Senior Leaving Certificate Examination (including Day School Certificate (Higher) General paper), 1948
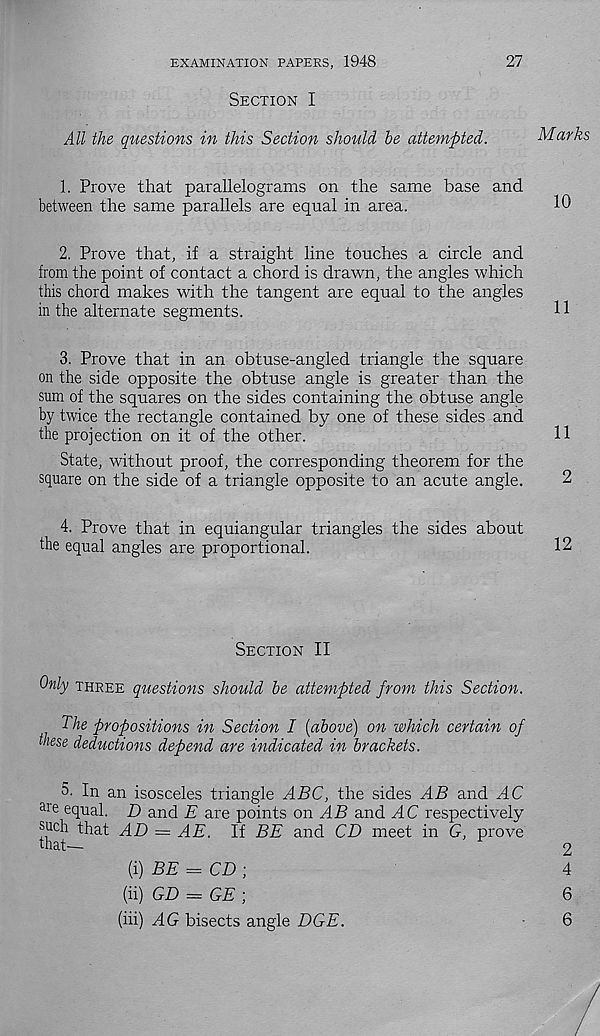
EXAMINATION PAPERS, 1948
27
Section I
All the questions in this Section should he attempted.
Marks
1. Prove that parallelograms on the same base and
between the same parallels are equal in area.
10
2. Prove that, if a straight line touches a circle and
from the point of contact a chord is drawn, the angles which
this chord makes with the tangent are equal to the angles
in the alternate segments.
H
3. Prove that in an obtuse-angled triangle the square
on the side opposite the obtuse angle is greater than the
sum of the squares on the sides containing the obtuse angle
by twice the rectangle contained by one of these sides and
the projection on it of the other.
11
State, without proof, the corresponding theorem for the
square on the side of a triangle opposite to an acute angle.
2
4. Prove that in equiangular triangles the sides about
the equal angles are proportional.
12
Section II
Only three questions should he attempted from this Section.
The propositions in Section I (above) on which certain of
these deductions depend are indicated in brackets.
5. In an isosceles triangle ABC, the sides AB and AC
are e qual. D and E are points on AB and AC respectively
such that AB> = AE. If BE and CD meet in G, prove
that—
2
(i) BE = CD-,
4
(ii) GD = GE ;
6
(iii) AG bisects angle DGE.
6